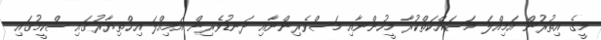
މީގެ އިތުރުން އަމިއްލަ މަސައްކަތްކުރާ މީހުންނާއި މަސްވެރިންނާއި ދަނޑުވެރިން އަމިއްލަ އިޚްތިޔާރުގައި ސްކީމުގައި